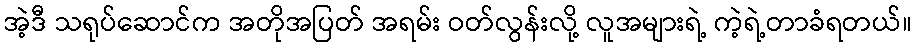
အဲ့ဒီ သရုပ်ဆောင်က အတိုအပြတ် အရမ်း ဝတ်လွန်းလို့ လူအများရဲ့ ကဲ့ရဲ့တာခံရတယ်။